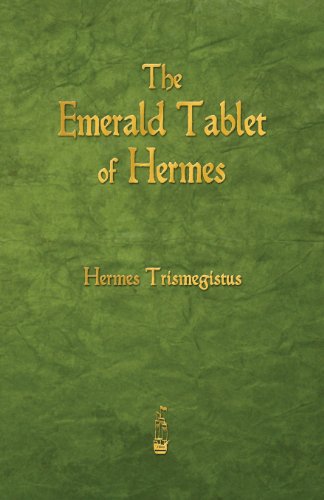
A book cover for The Emerald Tablet of Hermes; Hermes Trismegistus; Religion & Spirituality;